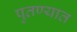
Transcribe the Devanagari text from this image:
पुतण्यात